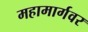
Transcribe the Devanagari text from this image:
महामार्गवर